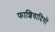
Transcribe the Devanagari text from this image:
फाशिवादियों